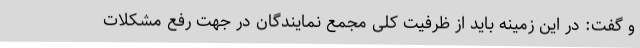
و گفت: در این زمینه باید از ظرفیت کلی مجمع نمایندگان در جهت رفع مشکلات